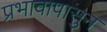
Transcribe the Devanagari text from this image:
प्रभावापासुन